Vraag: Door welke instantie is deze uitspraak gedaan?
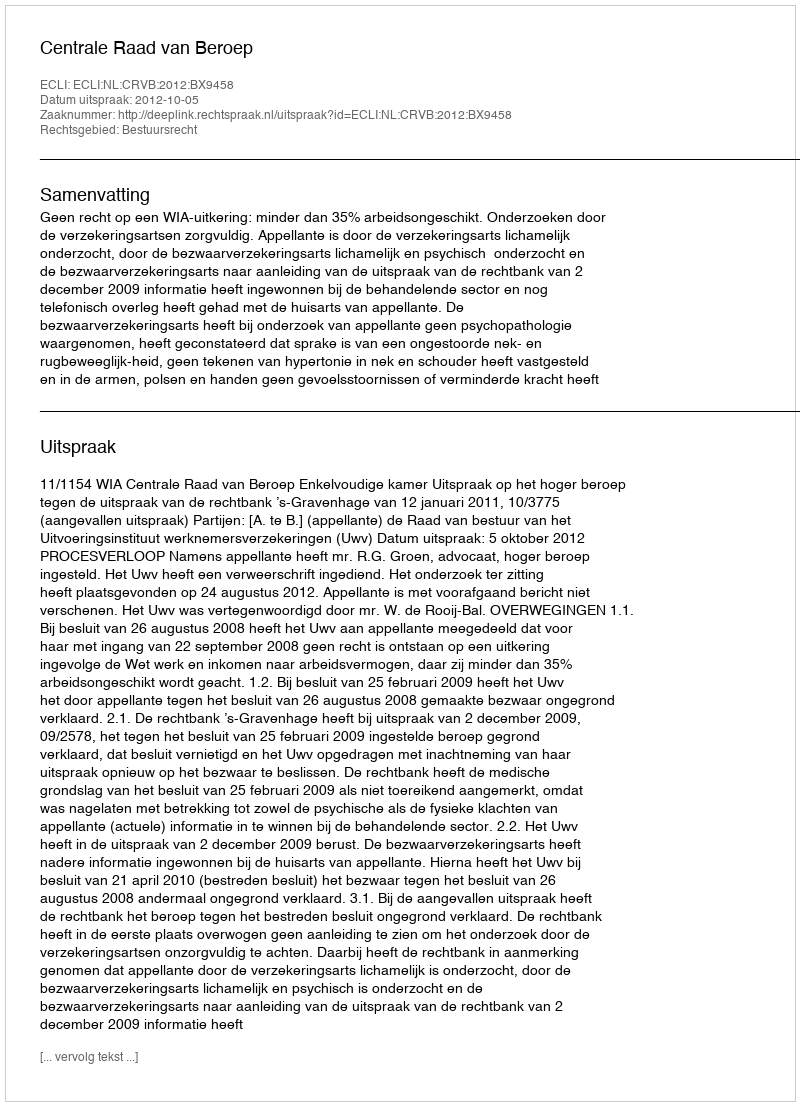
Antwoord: Centrale Raad van Beroep